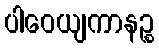
ပါဝေယျကာနဉ္စ